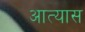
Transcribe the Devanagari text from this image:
आत्यास